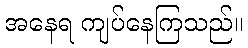
အနေရ ကျပ်နေကြသည်။